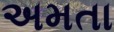
અમતા